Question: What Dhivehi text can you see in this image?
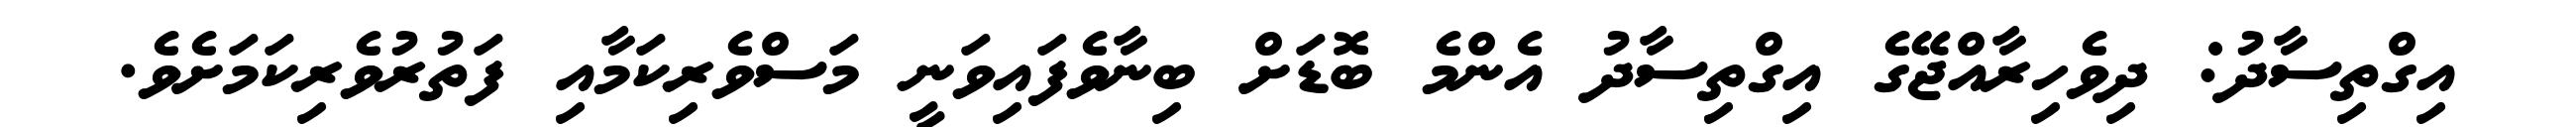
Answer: އިގްތިސާދު: ދިވެހިރާއްޖޭގެ އިގްތިސާދު އެންމެ ބޮޑަށް ބިނާވެފައިވަނީ މަސްވެރިކަމާއި ފަތުރުވެރިކަމަށެވެ.